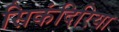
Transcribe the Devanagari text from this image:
सिकंदिरिया